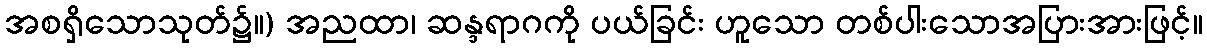
အစရှိသောသုတ်၌။) အညထာ၊ ဆန္ဒရာဂကို ပယ်ခြင်း ဟူသော တစ်ပါးသောအပြားအားဖြင့်။